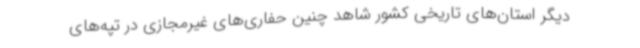
دیگر استان‌های تاریخی کشور شاهد چنین حفاری‌های غیرمجازی در تپه‌های